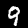
Label: 9